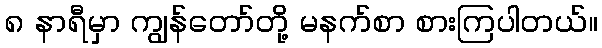
၈ နာရီမှာ ကျွန်တော်တို့ မနက်စာ စားကြပါတယ်။